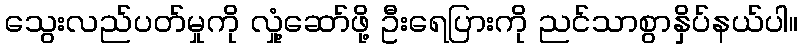
သွေးလည်ပတ်မှုကို လှုံ့ဆော်ဖို့ ဦးရေပြားကို ညင်သာစွာနှိပ်နယ်ပါ။